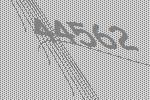
44562